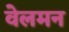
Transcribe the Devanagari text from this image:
वेलमन